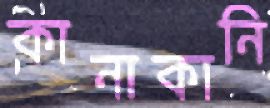
কানাকানি